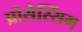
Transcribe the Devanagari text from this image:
प्रोसेस्सिंग